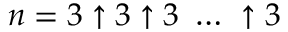
n = 3 \uparrow 3 \uparrow 3 \ \dots \ \uparrow 3